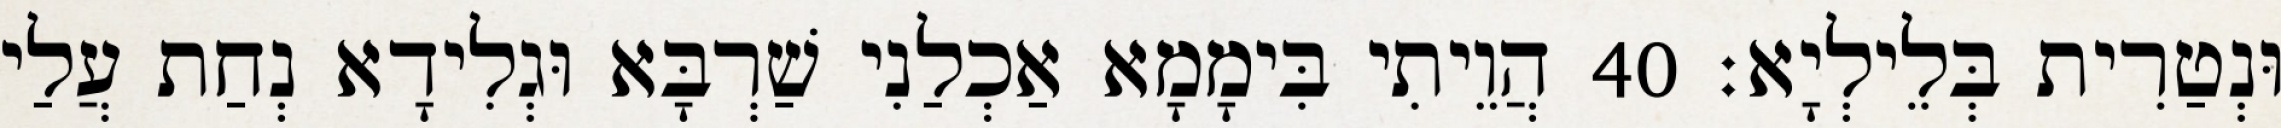
וּנְטַרִית בְּלֵילְיָא׃ 40 הֲוֵיתִי בִּימָמָא אַכְלַנִי שַׁרְבָּא וּגְלִידָא נְחַת עֲלַי